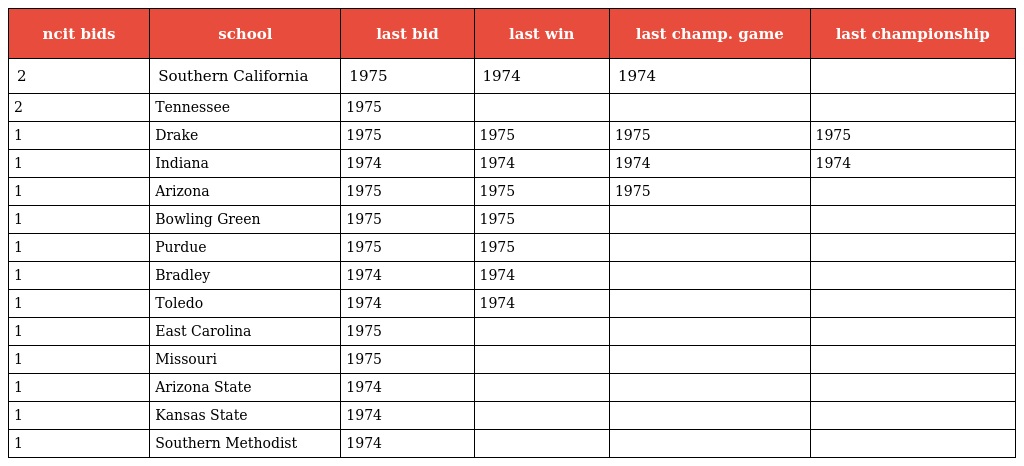
| ncit bids | school | last bid | last win | last champ. game | last championship |
 | --- | --- | --- | --- | --- | --- |
 | 2 | Southern California | 1975 | 1974 | 1974 |  |
 | 2 | Tennessee | 1975 |  |  |  |
 | 1 | Drake | 1975 | 1975 | 1975 | 1975 |
 | 1 | Indiana | 1974 | 1974 | 1974 | 1974 |
 | 1 | Arizona | 1975 | 1975 | 1975 |  |
 | 1 | Bowling Green | 1975 | 1975 |  |  |
 | 1 | Purdue | 1975 | 1975 |  |  |
 | 1 | Bradley | 1974 | 1974 |  |  |
 | 1 | Toledo | 1974 | 1974 |  |  |
 | 1 | East Carolina | 1975 |  |  |  |
 | 1 | Missouri | 1975 |  |  |  |
 | 1 | Arizona State | 1974 |  |  |  |
 | 1 | Kansas State | 1974 |  |  |  |
 | 1 | Southern Methodist | 1974 |  |  |  |